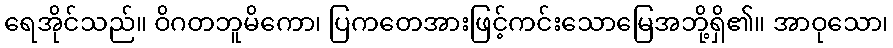
ရေအိုင်သည်။ ဝိဂတဘူမိကော၊ ပြကတေအားဖြင့်ကင်းသောမြေအဘို့ရှိ၏။ အာဝုသော၊